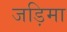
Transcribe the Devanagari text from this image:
जड़िमा